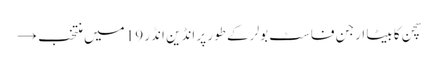
سچن کا بیٹا ارجن فاسٹ بولر کے طور پر انڈین انڈر 19 میں منتخب →